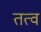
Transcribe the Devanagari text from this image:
तत्व